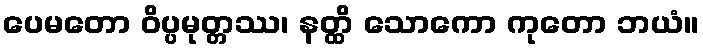
ပေမတော ဝိပ္ပမုတ္တဿ၊ နတ္ထိ သောကော ကုတော ဘယံ။